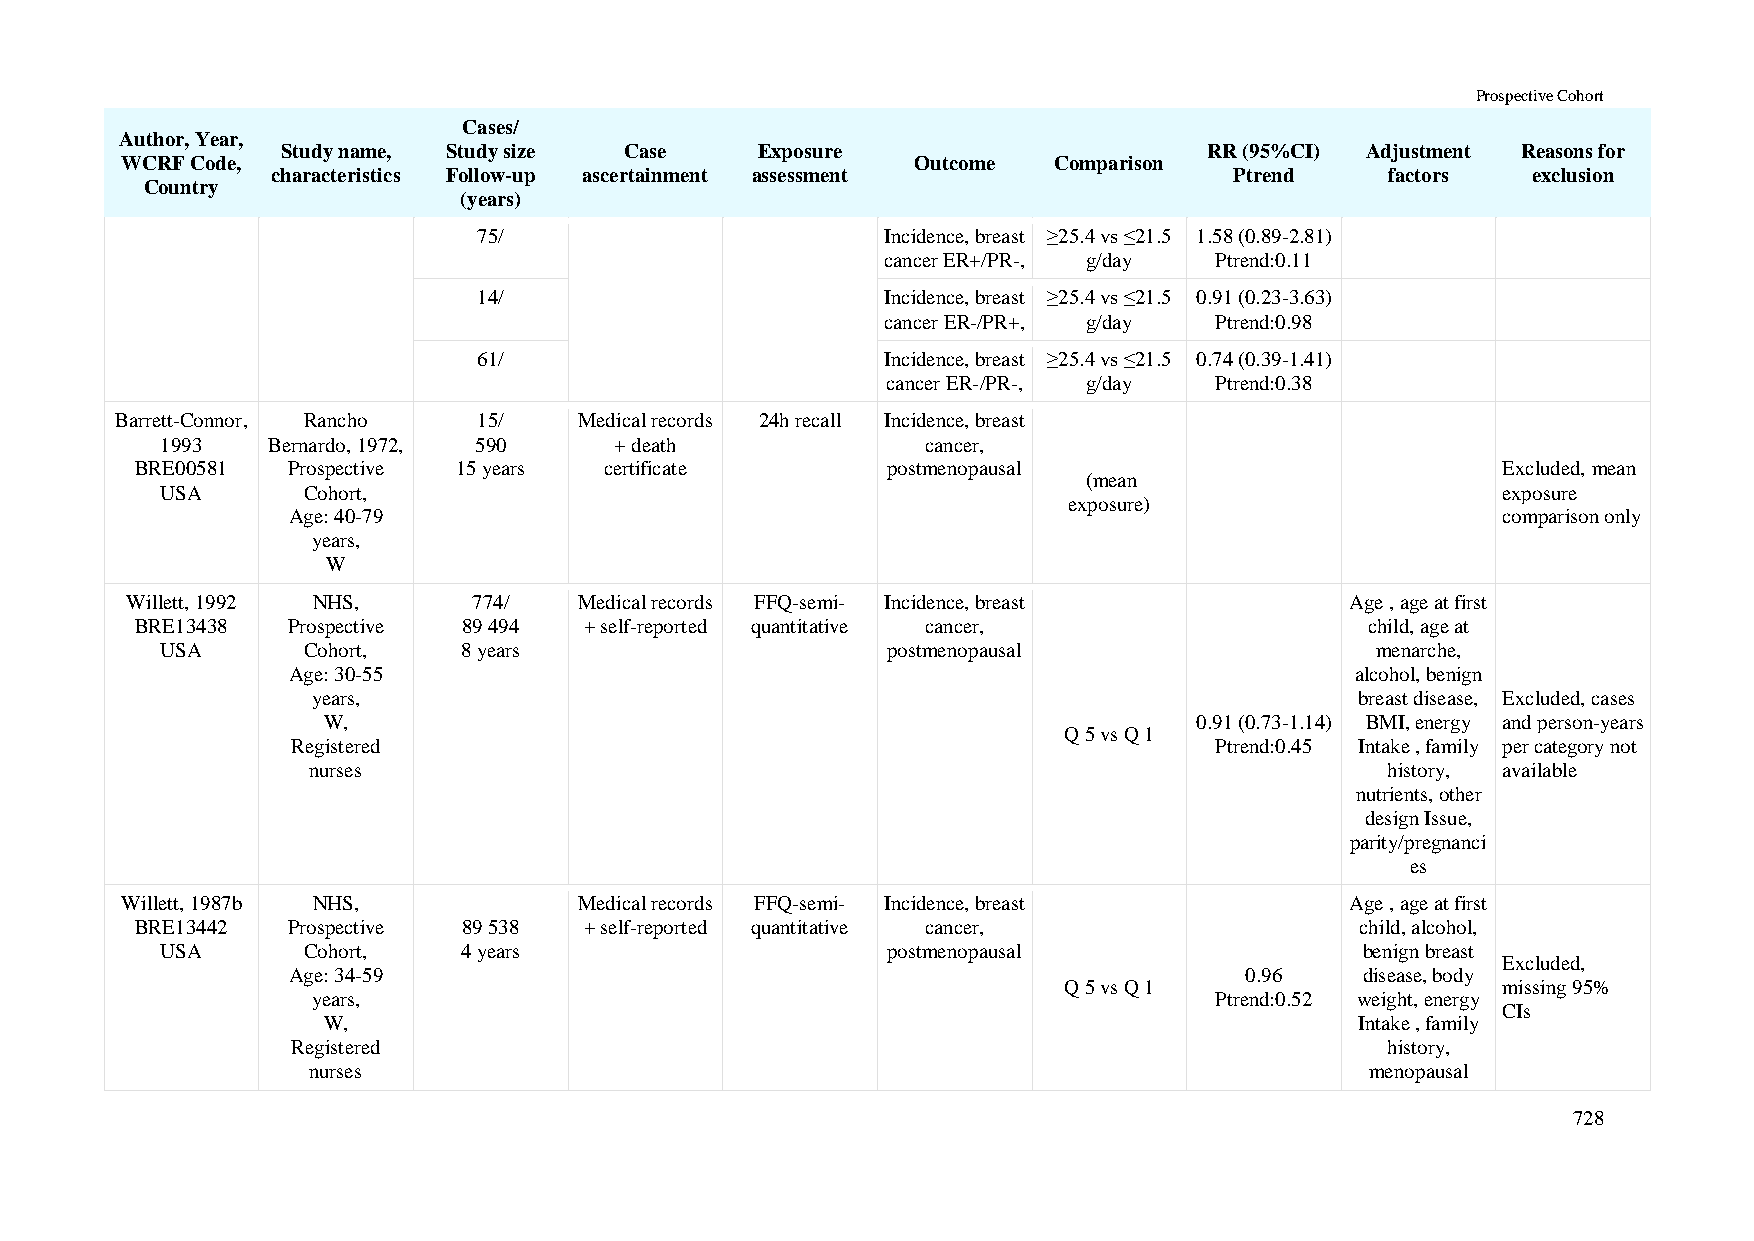
Prospective Cohort
 Cases/
 Author, Year,
 Study name, Study size Case    Exposure                      RR (95%CI) Adjustment Reasons for
 WCRF Code,                                           Outcome  Comparison
 characteristics Follow-up ascertainment assessment              Ptrend    factors  exclusion
 Country
 (years)
 75/                        Incidence, breast ≥25.4 vs ≤21.5 1.58 (0.89-2.81)
 cancer ER+/PR-, g/day Ptrend:0.11
 14/                        Incidence, breast ≥25.4 vs ≤21.5 0.91 (0.23-3.63)
 cancer ER-/PR+, g/day Ptrend:0.98
 61/                        Incidence, breast ≥25.4 vs ≤21.5 0.74 (0.39-1.41)
 cancer ER-/PR-, g/day Ptrend:0.38
 Barrett-Connor, Rancho  15/   Medical records 24h recall Incidence, breast
 1993   Bernardo, 1972, 590    + death             cancer,
 BRE00581  Prospective 15 years certificate        postmenopausal                          Excluded, mean
 (mean
 USA      Cohort,                                                                        exposure
 exposure)
 Age: 40-79                                                                      comparison only
 years,
 W
 Willett, 1992 NHS,     774/   Medical records FFQ-semi- Incidence, breast        Age , age at first
 BRE13438  Prospective 89 494  + self-reported quantitative cancer,                child, age at
 USA      Cohort,    8 years                     postmenopausal                  menarche,
 Age: 30-55                                                             alcohol, benign
 years,                                                               breast disease, Excluded, cases
 W,                                                        0.91 (0.73-1.14) BMI, energy and person-years
 Q 5 vs Q 1
 Registered                                                   Ptrend:0.45 Intake , family per category not
 nurses                                                                  history, available
 nutrients, other
 design Issue,
 parity/pregnanci
 es
 Willett, 1987b NHS,           Medical records FFQ-semi- Incidence, breast        Age , age at first
 BRE13442  Prospective 89 538  + self-reported quantitative cancer,               child, alcohol,
 USA      Cohort,    4 years                     postmenopausal                 benign breast
 Excluded,
 Age: 34-59                                                     0.96    disease, body
 Q 5 vs Q 1                   missing 95%
 years,                                                     Ptrend:0.52 weight, energy
 CIs
 W,                                                                   Intake , family
 Registered                                                               history,
 nurses                                                                 menopausal
 728